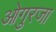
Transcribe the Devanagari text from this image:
ओगुरजा